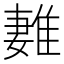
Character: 𨿩